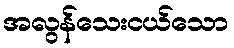
အလွန်သေးငယ်သော